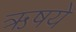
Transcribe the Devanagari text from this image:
ऋषये